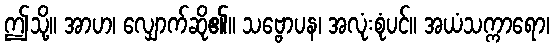
ဤသို့။ အာဟ၊ လျှောက်ဆို၏။ သဗ္ဗောပန၊ အလုံးစုံပင်။ အယံသက္ကာရော၊